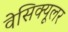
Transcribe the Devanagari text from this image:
वेसिक्यूलर